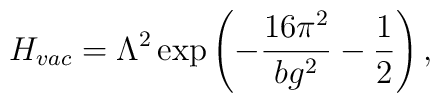
H_{vac}=\Lambda ^2\exp \left(-\frac{16\pi ^2}{bg^2}-\frac12\right),